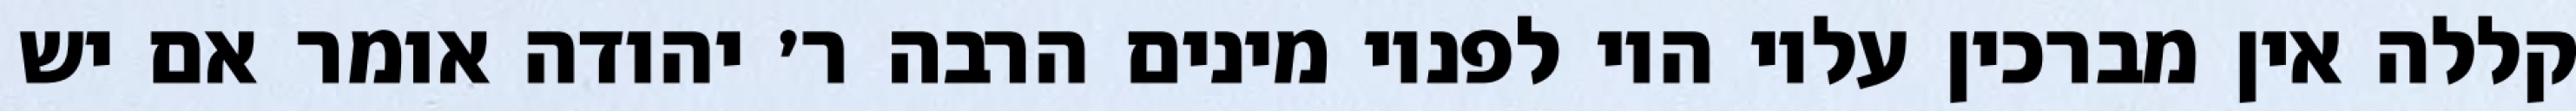
קללה אין מברכין עליו היו לפניו מינים הרבה ר׳ יהודה אומר אם יש